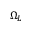
\Omega _ { L }